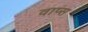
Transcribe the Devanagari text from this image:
वाप्स